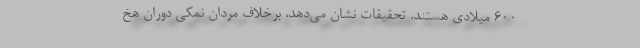
۶۰۰ میلادی هستند. تحقیقات نشان می‌دهد، برخلاف مردان نمکی دوران هخ